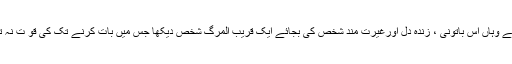
میںنے وہاں اُس باتونی ، زندہ دل اورغیرت مند شخص کی بجائے ایک قریب المرگ شخص دیکھا جس میں بات کرنے تک کی قو ت نہ تھی ۔